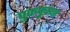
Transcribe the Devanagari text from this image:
पुकपुक्या